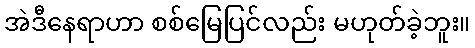
အဲဒီနေရာဟာ စစ်မြေပြင်လည်း မဟုတ်ခဲ့ဘူး။